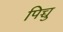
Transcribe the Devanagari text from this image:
पिच्चु